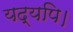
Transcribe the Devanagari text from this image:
यद्यपि।